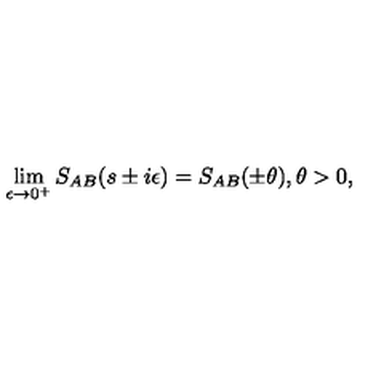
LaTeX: \lim _ { \epsilon \rightarrow 0 ^ { + } } S _ { A B } ( s \pm i \epsilon ) = S _ { A B } ( \pm \theta ) , \theta > 0 ,